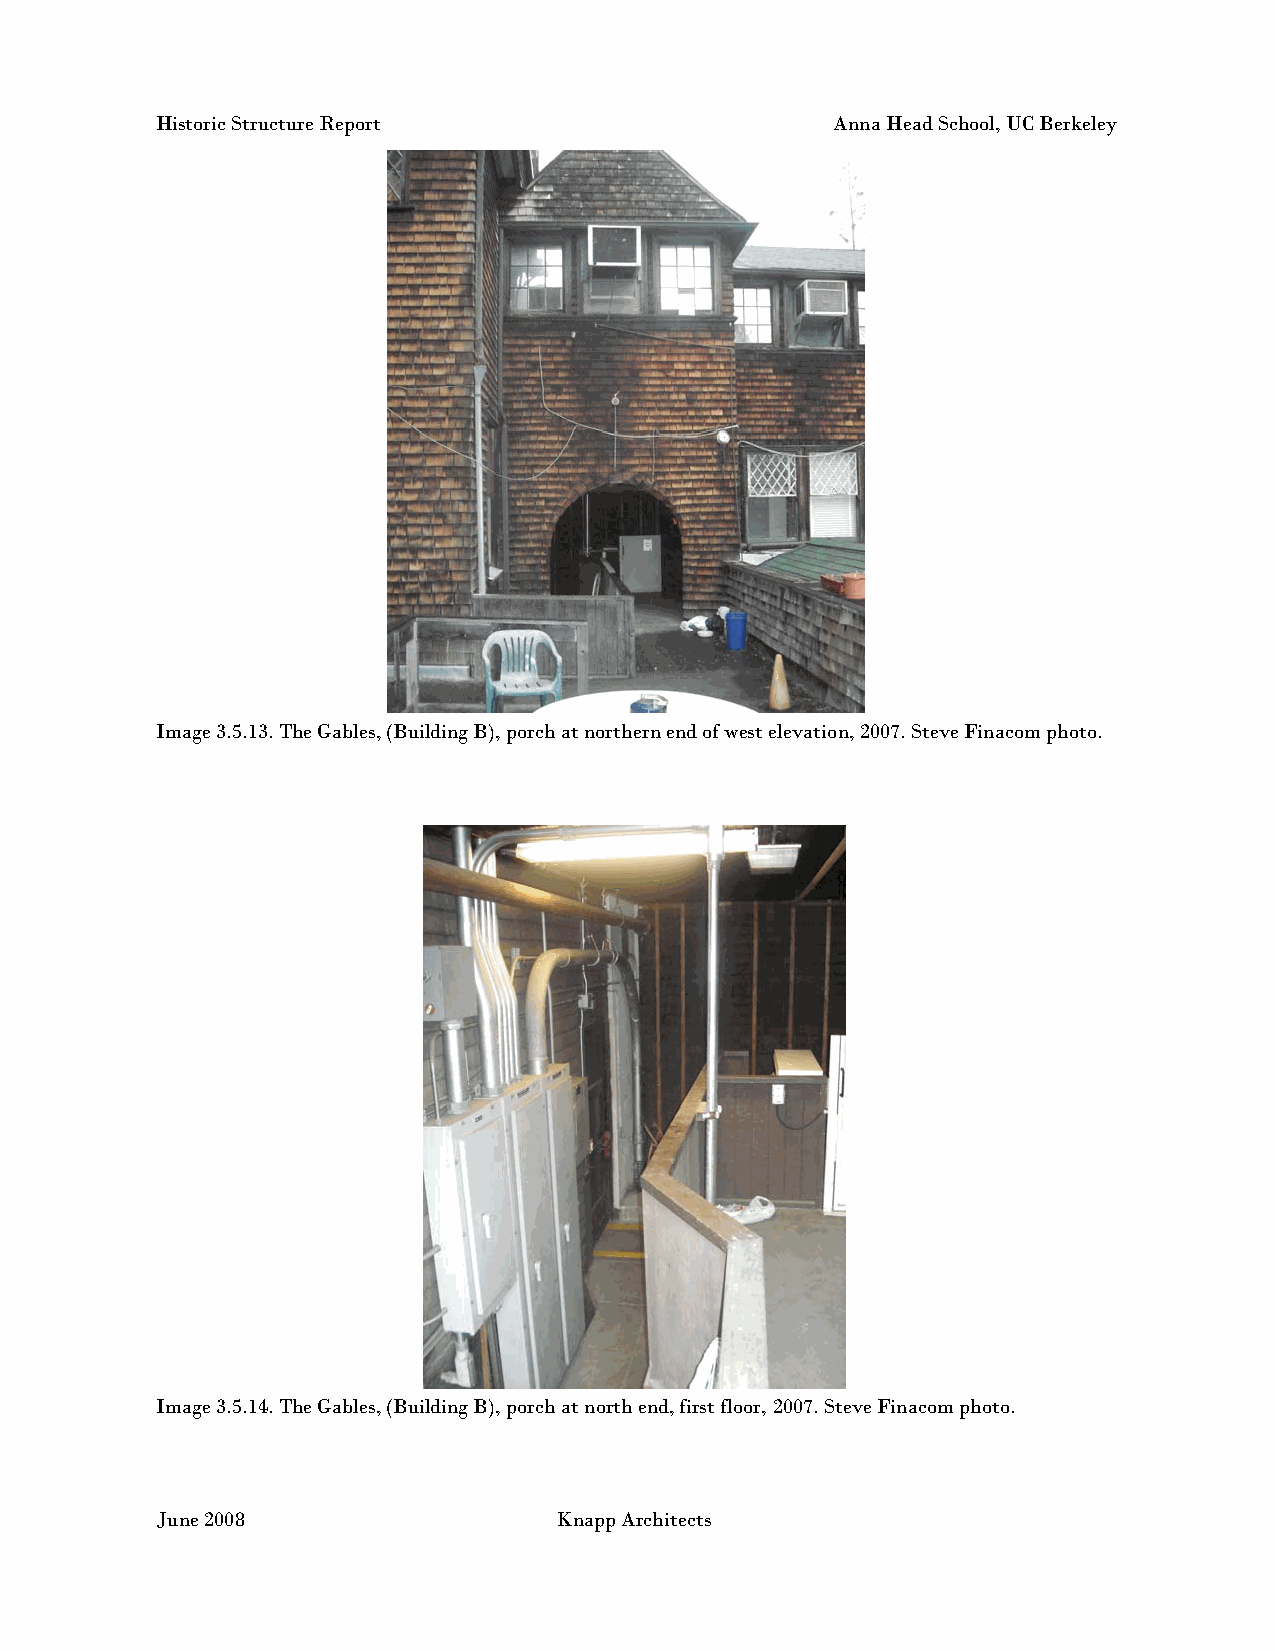
Historic Structure Report                    Anna Head School, UC Berkeley
 Image 3.5.13. The Gables, (Building B), porch at northern end of west elevation, 2007. Steve Finacom photo.
 Image 3.5.14. The Gables, (Building B), porch at north end, first floor, 2007. Steve Finacom photo.
 June 2008                  Knapp Architects